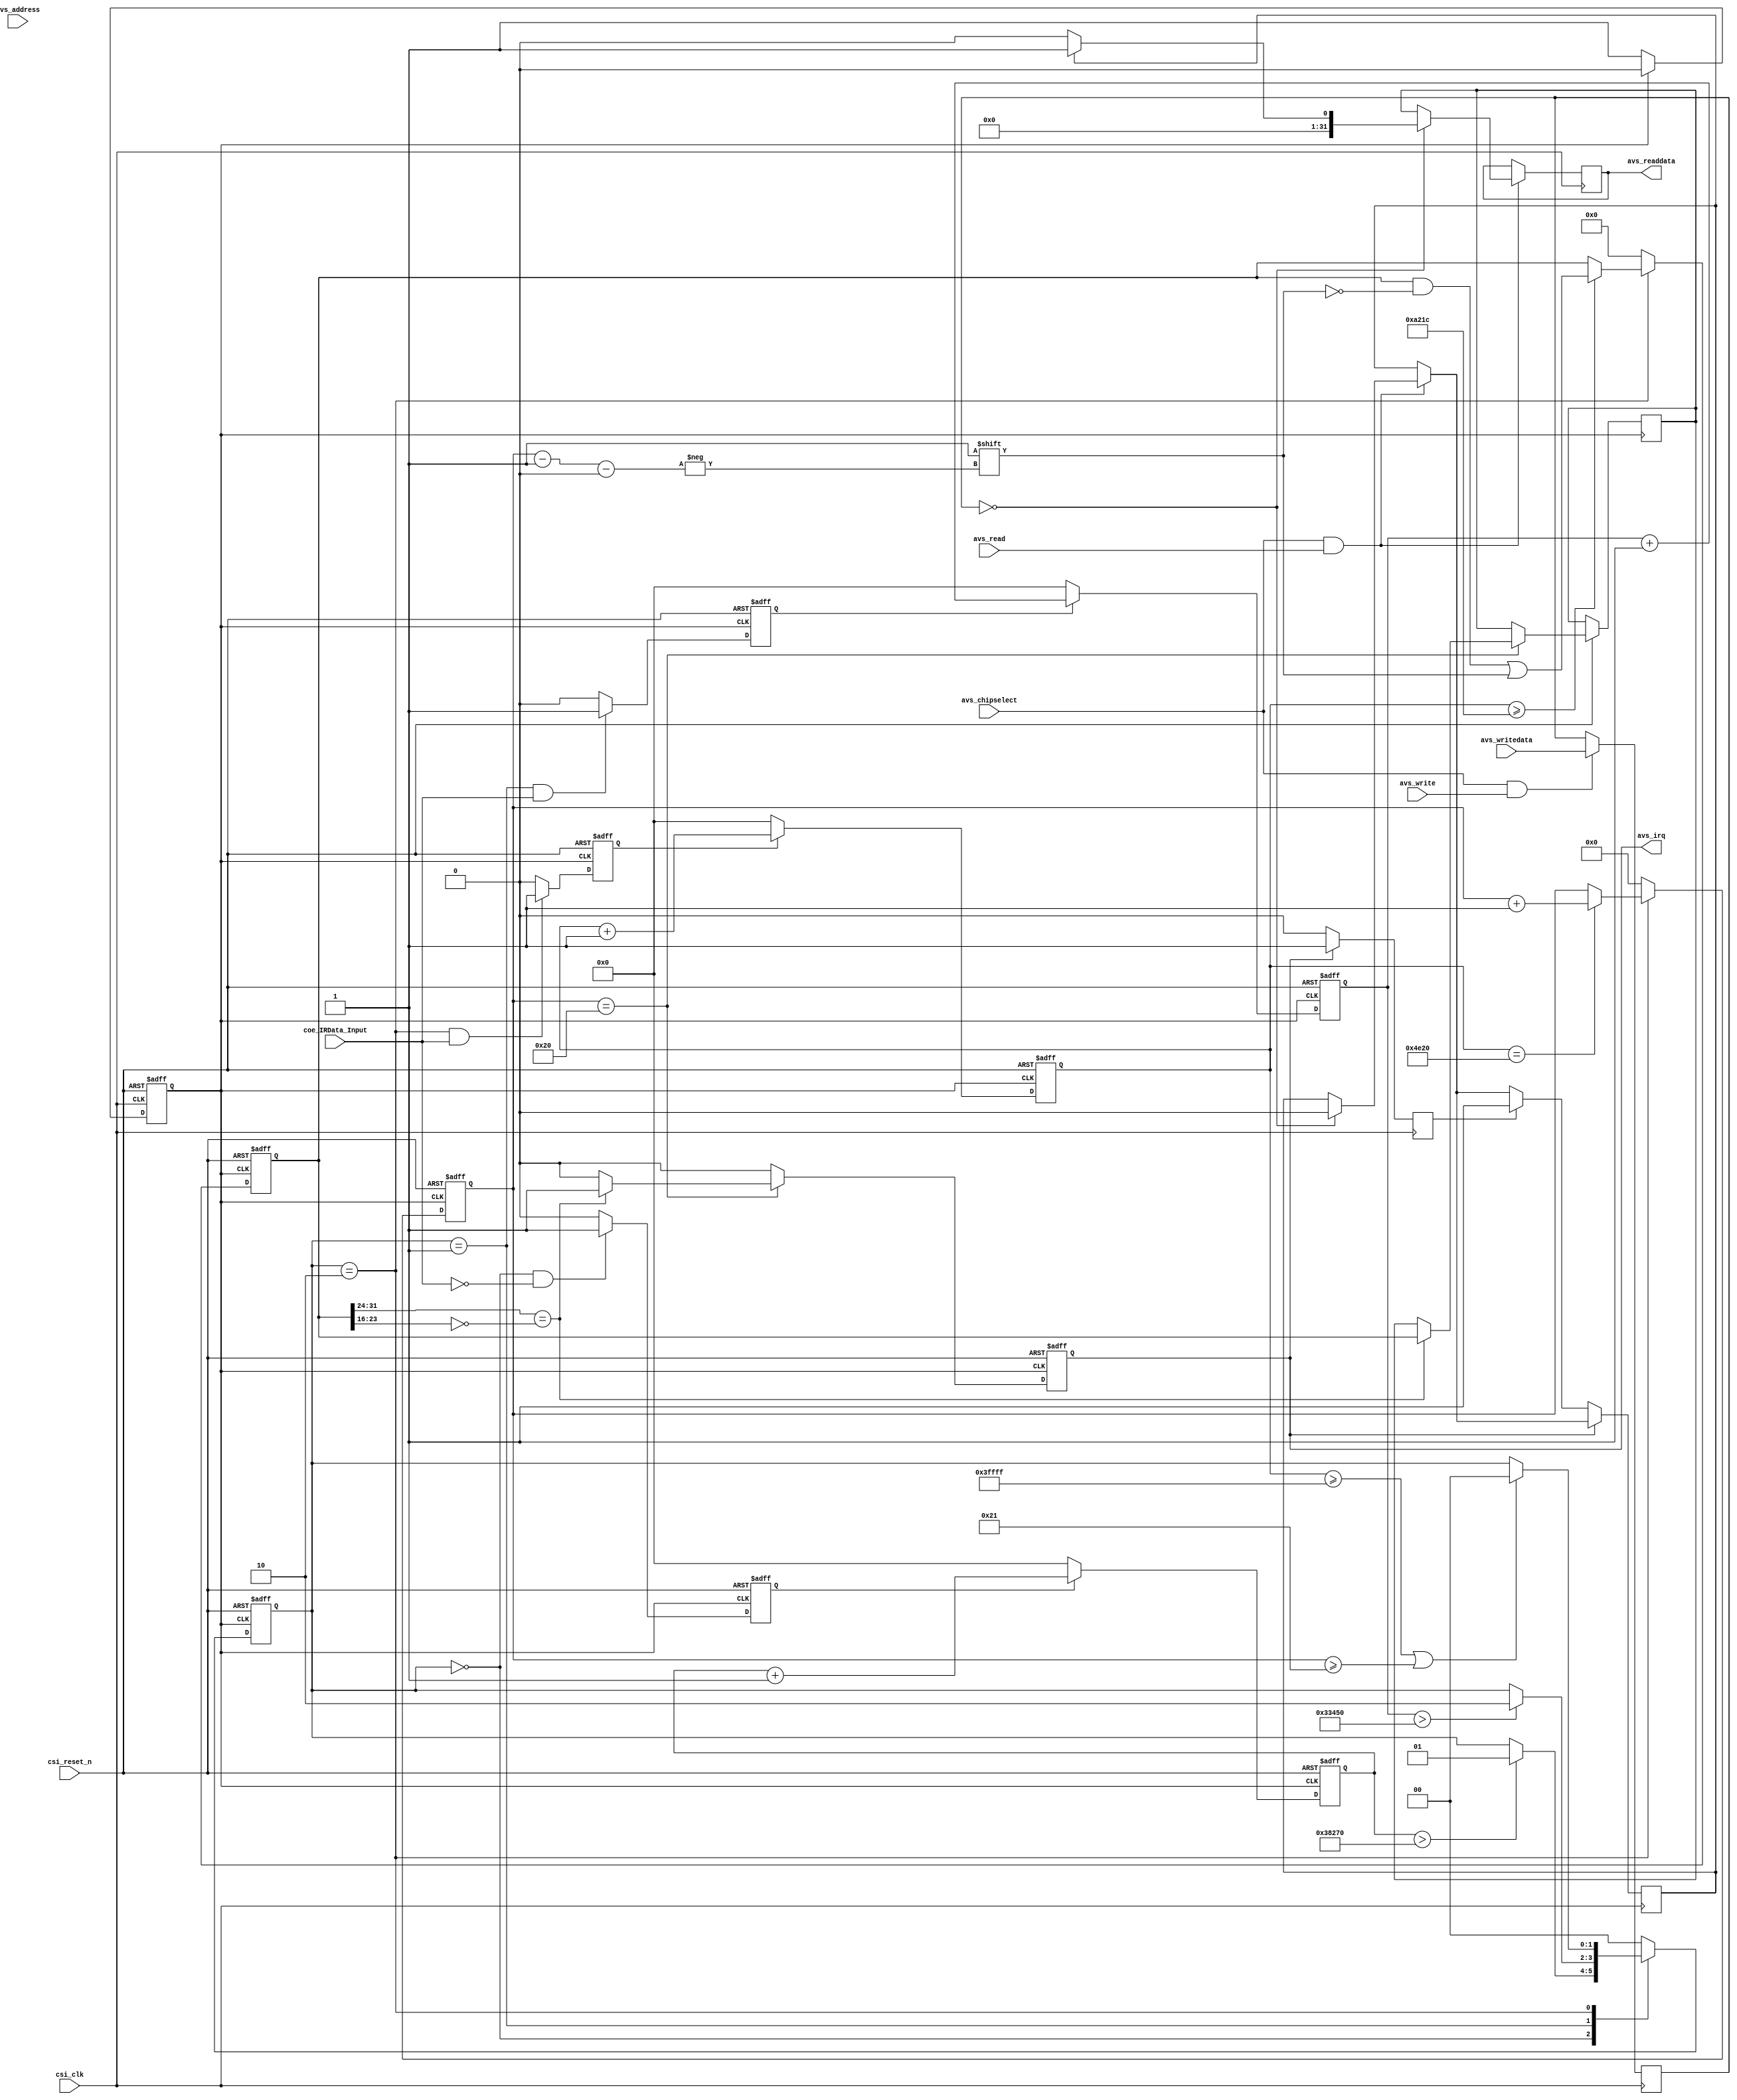
//
module IR_Module(
		//---------------------- Avalon -----------------------
		csi_clk,                //100MHz Clock
		csi_reset_n,
		avs_chipselect,
		avs_address,
		avs_read,
		avs_readdata,
		avs_write,
		avs_writedata,
		avs_irq,
		//---------------------- User Interface --------------------
		coe_IRData_Input
);

// Avalon
input 						csi_clk;
input 						csi_reset_n;
input 						avs_chipselect;
input 		[3:0] 		avs_address;
input 						avs_read;
output reg  [31:0] 		avs_readdata;
input 						avs_write;
input 		[31:0] 		avs_writedata;
output 						avs_irq;
// User Interface
input 						coe_IRData_Input;
//output 		[31:0] 		coe_IRData_Output;

// Getting 50MHz clock
reg iCLK;
always@(posedge csi_clk or negedge csi_reset_n)
begin
	if(!csi_reset_n)
	begin
		iCLK = 0;
	end
	else
	begin
		if(iCLK == 1)
			iCLK = 0;
		else
			iCLK = 1;
	end
end

//=======================================================
//  PARAMETER declarations
//=======================================================
parameter IDLE               = 2'b00;    //always high voltage level
parameter GUIDANCE           = 2'b01;    //9ms low voltage and 4.5 ms high voltage
parameter DATAREAD           = 2'b10;    //0.6ms low voltage start and with 0.52ms high voltage is 0,with 1.66ms high voltage is 1, 32bit in sum.

parameter IDLE_HIGH_DUR      =  262143;  // data_count    262143*0.02us = 5.24ms, threshold for DATAREAD-----> IDLE
parameter GUIDE_LOW_DUR      =  230000;  // idle_count    230000*0.02us = 4.60ms, threshold for IDLE--------->GUIDANCE
parameter GUIDE_HIGH_DUR     =  210000;  // state_count   210000*0.02us = 4.20ms, 4.5-4.2 = 0.3ms < BIT_AVAILABLE_DUR = 0.4ms,threshold for GUIDANCE------->DATAREAD
parameter DATA_HIGH_DUR      =  41500;	 // data_count    41500 *0.02us = 0.83ms, sample time from the posedge of iIRDA
parameter BIT_AVAILABLE_DUR  =  20000;   // data_count    20000 *0.02us = 0.4ms,  the sample bit pointer,can inhibit the interference from iIRDA signal


//=======================================================
//  PORT declarations
//=======================================================
/*input         iCLK;        //input clk,50MHz
input         iRST_n;      //rst
input         iIRDA;       //Irda RX output decoded data
output        oDATA_READY; //data ready
output [31:0] oDATA;       //output data,32bit */


//=======================================================
//  Signal Declarations
//=======================================================
//reg    [31:0] coe_IRData_Output;                 //data output reg
reg    [17:0] idle_count;            //idle_count counter works under data_read state
reg           idle_count_flag;       //idle_count conter flag
//wire          idle_count_max;
reg    [17:0] state_count;           //state_count counter works under guide state
reg           state_count_flag;      //state_count conter flag
reg    [17:0] data_count;            //data_count counter works under data_read state
reg           data_count_flag;       //data_count conter flag
reg     [5:0] bitcount;              //sample bit pointer
reg     [1:0] state;                 //state reg
reg    [31:0] data;                  //data reg
reg    [31:0] data_buf;              //data buf
reg           data_ready;            //data ready flag
reg    [31:0] state_register;
reg 				data_ready_tmp;


//=======================================================
//  Structural coding
//=======================================================	
assign avs_irq = data_ready;


//idle counter works on iclk under IDLE state only
always @(posedge iCLK or negedge csi_reset_n)	
	  if (!csi_reset_n)
		   idle_count <= 0;
	  else if (idle_count_flag)    //the counter works when the flag is 1
			 idle_count <= idle_count + 1'b1;
		else  
			 idle_count <= 0;	         //the counter resets when the flag is 0		      		 	

//idle counter switch when iIRDA is low under IDLE state
always @(posedge iCLK or negedge csi_reset_n)	
	  if (!csi_reset_n)
		   idle_count_flag <= 1'b0;
	  else if ((state == IDLE) && !coe_IRData_Input)
			 idle_count_flag <= 1'b1;
		else                           
			 idle_count_flag <= 1'b0;		     		 	
      
//state counter works on iclk under GUIDE state only
always @(posedge iCLK or negedge csi_reset_n)	
	  if (!csi_reset_n)
		   state_count <= 0;
	  else if (state_count_flag)    //the counter works when the flag is 1
			 state_count <= state_count + 1'b1;
		else  
			 state_count <= 0;	        //the counter resets when the flag is 0		      		 	

//state counter switch when iIRDA is high under GUIDE state
always @(posedge iCLK or negedge csi_reset_n)	
	  if (!csi_reset_n)
		   state_count_flag <= 1'b0;
	  else if ((state == GUIDANCE) && coe_IRData_Input)
			 state_count_flag <= 1'b1;
		else  
			 state_count_flag <= 1'b0;     		 	

//data read decode counter based on iCLK
always @(posedge iCLK or negedge csi_reset_n)	
	  if (!csi_reset_n)
		   data_count <= 1'b0;
	  else if(data_count_flag)      //the counter works when the flag is 1
			 data_count <= data_count + 1'b1;
		else 
			 data_count <= 1'b0;        //the counter resets when the flag is 0

//data counter switch
always @(posedge iCLK or negedge csi_reset_n)
	  if (!csi_reset_n) 
		   data_count_flag <= 0;	
	  else if ((state == DATAREAD) && coe_IRData_Input)
			 data_count_flag <= 1'b1;  
		else
			 data_count_flag <= 1'b0; 

//data reg pointer counter 
always @(posedge iCLK or negedge csi_reset_n)
    if (!csi_reset_n)
       bitcount <= 6'b0;
	  else if (state == DATAREAD)
		begin
			if (data_count == 20000)
					bitcount <= bitcount + 1'b1; //add 1 when iIRDA posedge
		end   
	  else
	     bitcount <= 6'b0;

//state change between IDLE,GUIDE,DATA_READ according to irda edge or counter
always @(posedge iCLK or negedge csi_reset_n) 
	  if (!csi_reset_n)	     
	     state <= IDLE;
	  else 
			 case (state)
 			    IDLE     : if (idle_count > GUIDE_LOW_DUR)  // state chang from IDLE to Guidance when detect the negedge and the low voltage last for > 4.6ms
			  	              state <= GUIDANCE; 
			    GUIDANCE : if (state_count > GUIDE_HIGH_DUR)//state change from GUIDANCE to DATAREAD when detect the posedge and the high voltage last for > 4.2ms
			  	              state <= DATAREAD;
			    DATAREAD : if ((data_count >= IDLE_HIGH_DUR) || (bitcount >= 33))
			  					      state <= IDLE;
	        default  : state <= IDLE; //default
			 endcase

//data decode base on the value of data_count 	
always @(posedge iCLK or negedge csi_reset_n)
	  if (!csi_reset_n)
	     data <= 0;
		else if (state == DATAREAD)
		begin
			 if (data_count >= DATA_HIGH_DUR) //2^15 = 32767*0.02us = 0.64us
			    data[bitcount-1'b1] <= 1'b1;  //>0.52ms  sample the bit 1
		end
		else
			 data <= 0;
	
//set the data_ready flag 
always @(posedge iCLK or negedge csi_reset_n) 
	  if (!csi_reset_n)
	     data_ready <= 1'b0;
    else if (bitcount == 32)   
		begin
			 if (data[31:24] == ~data[23:16])
			 begin		
					data_buf <= data;     //fetch the value to the databuf from the data reg
				  data_ready <= 1'b1;   //set the data ready flag
				  //data_ready_tmp <= 1; //====================================
			 end	
			 else
				  data_ready <= 1'b0 ;  //data error
		end
		else
		   data_ready <= 1'b0 ;

//read data
/*always @(posedge iCLK or negedge csi_reset_n)
	  if (!csi_reset_n)
		   coe_IRData_Output <= 32'b0000;
	  else if (data_ready)
	     coe_IRData_Output <= data_buf;  //output
		  //coe_IRData_Output <= 32'hFFFFFFFF;*/
	
reg flag2;	
always @(posedge csi_clk)
begin
	if((avs_chipselect == 1) && (avs_write == 1))
		state_register <= avs_writedata;
	if((avs_chipselect == 1) && (avs_read == 1))
	begin
		if(state_register == 32'd0)
			if(data_ready_tmp == 1)
			begin
				avs_readdata <= 32'd1;
				data_ready_tmp <= 0;
			end
			else
				avs_readdata <= 32'd0;
		else
			avs_readdata <= data_buf;
	end
	
	if(data_ready == 1)
		flag2 <= 1;
	else
	begin
		if(flag2 == 1)
		begin
			flag2 <= 0;
			data_ready_tmp <= 1;
		end
	end
end
					
endmodule